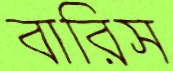
বারিস